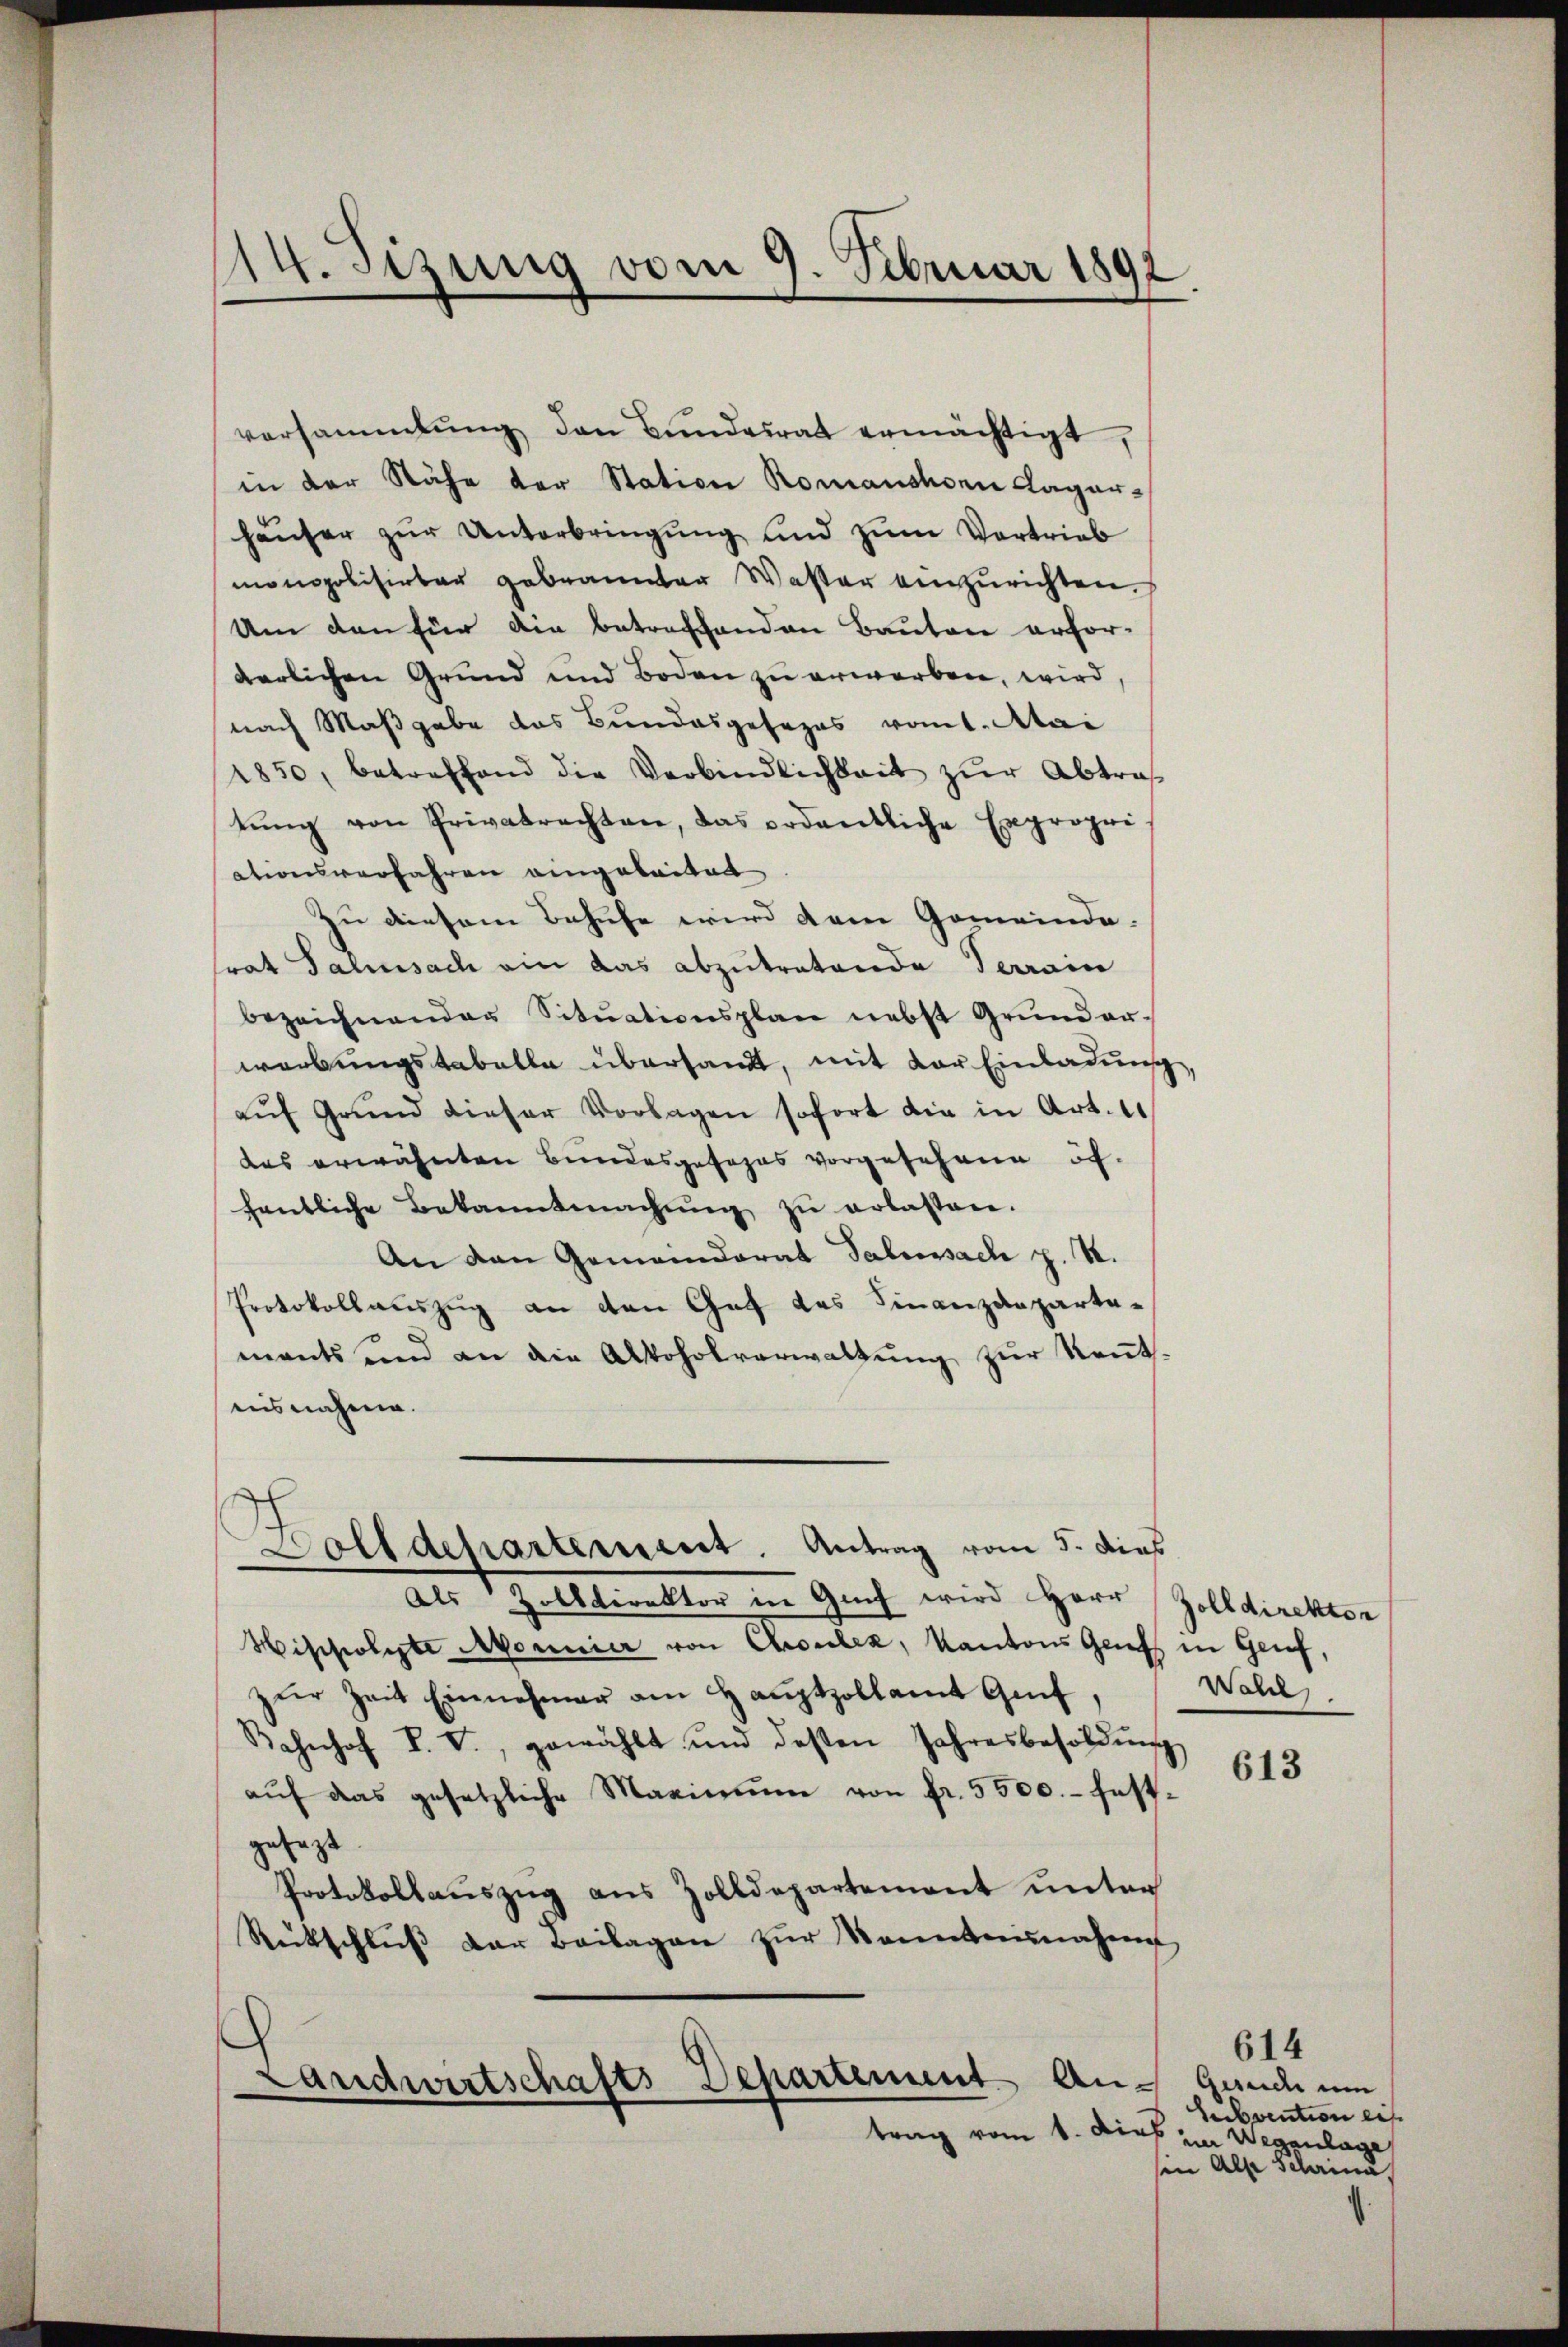
.
1
t. Sitzung vom 9. Februar 189

versammlung den Bŭndesrat ermächtigt,
in der Nähe der Station Romanshorn Lager-
häŭser zŭr Unterbringŭng und zŭm Vertrieb
monopolisirbar gebrannter Waster einzurichten.
Um den für die betreffenden Bauten erfor-
derlichen Grund und Boden zu erwarben, wird,
nach Maßgabe das Bundesgesezes vom 1. Mai
1850, betreffend die Verbindlichkeit zŭr Abtrag
tŭng von Privatrechten, das ordentliche Expropri-
ationsverfahren eingeleiten
Zu diesem Behufe wird dem Gemeinde-
srat Jahrsach ein das abzutretende Terrain
bezeichnender Sitŭationsplan nebst Grŭndar-
werbungstabelle übersandt, mit der Einladung
aŭf Grŭnd dieser Vorlagen sofort die in Art. 11
des erwähnten Bundesgefahrs vorgesehene öffentliche Bekanntmachŭng zu erlassen.
An den Gemeinderal Sabenssach p. N.
Protokollauszug an den Gut des Finanzdeparta-
mants und an die Alkoholverwaltŭng zŭr Kenntaisnahme.
Dolldehartement. Antrag vom 5. dies
e
Als Zolldirektor in Guch wird Herr
Wischwerte Monnier von Couler, Kantons Gruss in Genf,
zŭr Zeit Einnehmer am Haŭptzollamt Genf,
Bahnhof P. V., gewählt und deßen Jahresbesoldŭng
aŭf das gesetzliche Maximŭm von fr. 5500.- festgesagt
Protokollauszug aus Zolldepartement unter
Retschlŭβ der Beilagen zŭr Kenntninahen
Landwirtschafts Departement An-
trag vom 1. Dieb. Wegenlage

Zolldirektor
Wahl

613

614
Gesuch um
Subvention eis
sen Alpe Scharina,